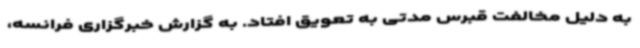
به دلیل مخالفت قبرس مدتی به تعویق افتاد. به گزارش خبرگزاری فرانسه،